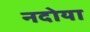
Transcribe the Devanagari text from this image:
नदोया